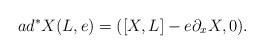
LaTeX: \begin{align*}ad^{*}X(L,e)=(\left[ X,L\right] -e\partial _xX,0).\end{align*}